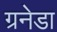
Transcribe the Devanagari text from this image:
ग्रनेडा